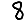
Digit: 8